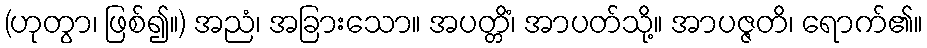
(ဟုတွာ၊ ဖြစ်၍။) အညံ၊ အခြားသော။ အပတ္တိံ၊ အာပတ်သို့။ အာပဇ္ဇတိ၊ ရောက်၏။